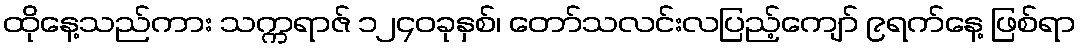
ထိုနေ့သည်ကား သက္ကရာဇ် ၁၂၄၀ခုနှစ်၊ တော်သလင်းလပြည့်ကျော် ၉ရက်နေ့ ဖြစ်ရာ